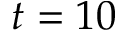
t = 1 0